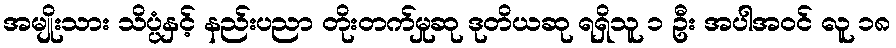
အမျိုးသား သိပ္ပံနှင့် နည်းပညာ တိုးတက်မှုဆု ဒုတိယဆု ရရှိသူ ၁ ဦး အပါအဝင် လူ ၁၈